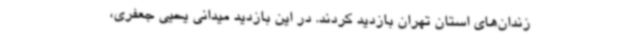
زندان‌های استان تهران بازدید کردند. در این بازدید میدانی یحیی جعفری،